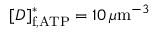
[ D ] _ { \mathrm { f , A T P } } ^ { \ast } = 1 0 \, \mu \mathrm { m } ^ { - 3 }